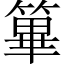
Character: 篳